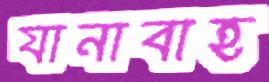
যানাবাহ